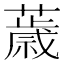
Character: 𦿧